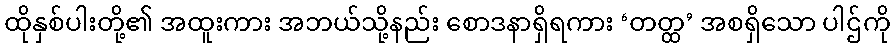
ထိုနှစ်ပါးတို့၏ အထူးကား အဘယ်သို့နည်း စောဒနာရှိရကား ‘တတ္ထ’ အစရှိသော ပါဌ်ကို